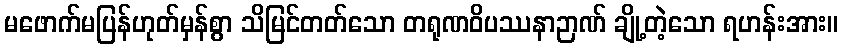
မဖောက်မပြန်ဟုတ်မှန်စွာ သိမြင်တတ်သော တရုဏဝိပဿနာဉာဏ် ချို့တဲ့သော ရဟန်းအား။